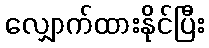
လျှောက်ထားနိုင်ပြီး